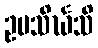
ဥပသိင်္ဃသိ